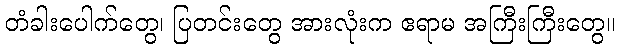
တံခါးပေါက်တွေ၊ ပြတင်းတွေ အားလုံးက ဧရာမ အကြီးကြီးတွေ။